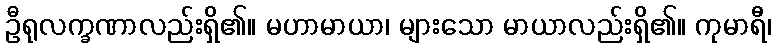
ဦရုလက္ခဏာလည်းရှိ၏။ မဟာမာယာ၊ များသော မာယာလည်းရှိ၏။ ကုမာရီ၊